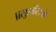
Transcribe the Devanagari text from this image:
॥सुहासिनी